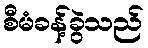
စီမံခန့်ခွဲသည်